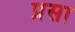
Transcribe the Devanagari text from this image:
प्रसा